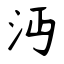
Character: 沔